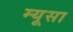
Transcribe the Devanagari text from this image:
म्यूसा